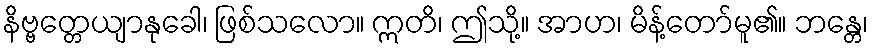
နိဗ္ဗတ္တေယျာနုခေါ၊ ဖြစ်သလော။ ဣတိ၊ ဤသို့။ အာဟ၊ မိန့်တော်မူ၏။ ဘန္တေ၊